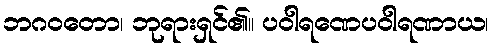
ဘဂဝတော၊ ဘုရားရှင်၏။ ပဝါရဏေပဝါရဏာယ၊